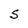
Character: S